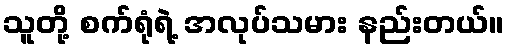
သူတို့ စက်ရုံရဲ့ အလုပ်သမား နည်းတယ်။